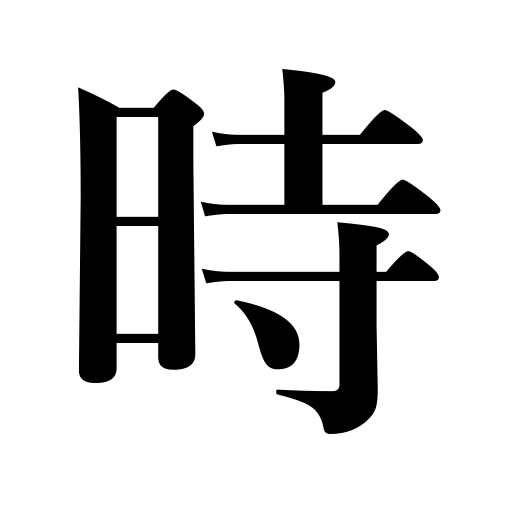
Meanings: the times,season,time,moment,occasion,Buddhist sect originating in the thirteenth century,hour,o'clock,tense,opportunity